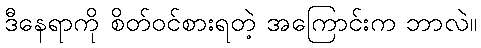
ဒီနေရာကို စိတ်ဝင်စားရတဲ့ အကြောင်းက ဘာလဲ။